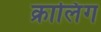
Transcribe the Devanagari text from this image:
क्रालिंग